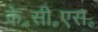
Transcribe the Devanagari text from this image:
के॰सी॰एस॰